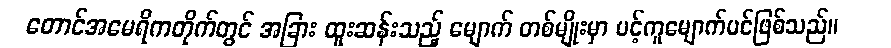
တောင်အမေရိကတိုက်တွင် အခြား ထူးဆန်းသည့် မျောက် တစ်မျိုးမှာ ပင့်ကူမျောက်ပင်ဖြစ်သည်။